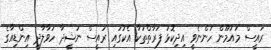
ރައީސް މައުމޫން ހުންނެވީ އިދިކޮޅު ފަރާތްތަކާ އެކުގައި ރައީސް ނަޝީދާ ހަވާލާދީ އިންޑިއާގެ